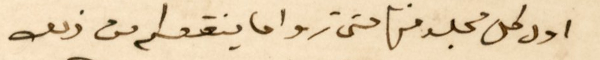
اول كل مجلد منها حتى تروا ما ينقعكم من ذلك